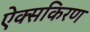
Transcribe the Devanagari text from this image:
ऐक्सकिरण